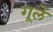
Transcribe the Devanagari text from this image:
गूले